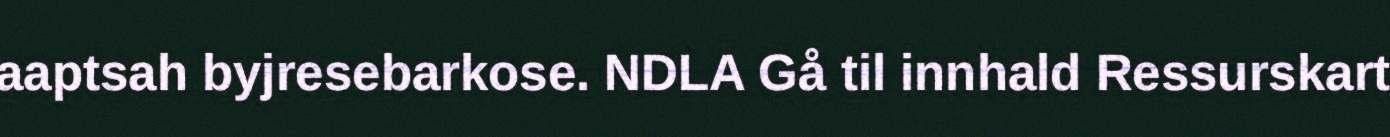
aaptsah byjresebarkose. NDLA Gå til innhald Ressurskart